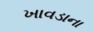
ખાવડાના